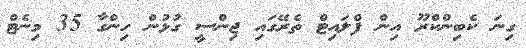
ގިނަ ކެބިންކްރޫ އިން ފްލައިޓް ތެރޭގައި ޖިންސީ ގުޅުން ހިންގާ 35 މިނެޓް